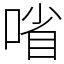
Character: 㗂